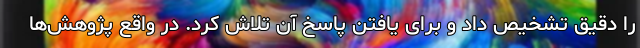
را دقیق تشخیص داد و برای یافتن پاسخ آن تلاش کرد. در واقع پژوهش‌ها